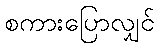
စကားပြောလျှင်